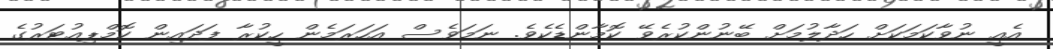
އެއީ ނުވާކަމަކަށް ހަދާލުމަށް ބޭނުންކުރެވޭ ކޮމާންޑެކެވެ. ނަމަވެސް އަހަރަމެން ހީކުރާ ފަދައިން ކޮމްޕިއުޓަރުގެ